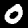
Digit: 0